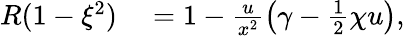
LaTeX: \begin{array}{rl}{R(1-\xi^{2})}&{{}=1-\frac{u}{x^{2}}\left(\gamma-\frac{1}{2}\chi u\right),}\end{array}